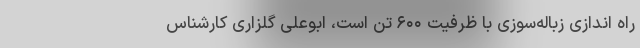
راه اندازی زباله‌سوزی با ظرفیت ۶۰۰ تن است، ابوعلی گلزاری کارشناس